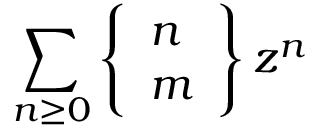
\sum _ { n \geq 0 } \left\{ { \begin{array} { l } { n } \\ { m } \end{array} } \right\} z ^ { n }